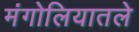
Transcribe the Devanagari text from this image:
मंगोलियातले